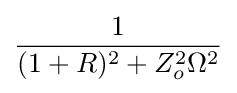
{\frac {1}{(1+R)^{2}+Z_{o}^{2}\Omega ^{2}}}